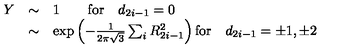
\begin{array} { r c l } { Y } & { \sim } & { 1 \qquad \mathrm { f o r } \quad d _ { 2 i - 1 } = 0 \nonumber } \\ { } & { \sim } & { \exp \left( - \frac { 1 } { 2 \pi \sqrt { 3 } } \sum _ { i } R _ { 2 i - 1 } ^ { 2 } \right) \mathrm { f o r } \quad d _ { 2 i - 1 } = \pm 1 , \pm 2 } \\ \end{array}